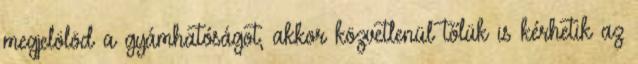
megjelölöd a gyámhatóságot, akkor közvetlenül tőlük is kérhetik az